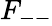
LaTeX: F_{--}